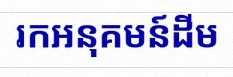
រកអនុគមន៍ដើម